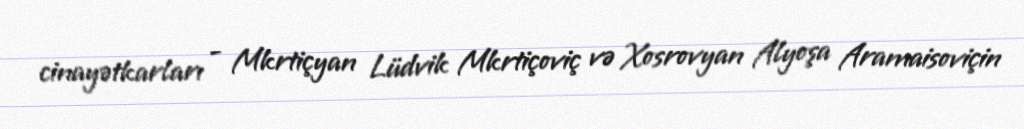
cinayətkarları - Mkrtiçyan Lüdvik Mkrtiçoviç və Xosrovyan Alyoşa Aramaisoviçin